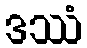
ဒဿံ